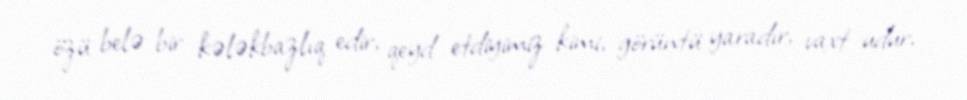
özü belə bir kələkbazlıq edir, qeyd etdiyimiz kimi, görüntü yaradır, vaxt udur,